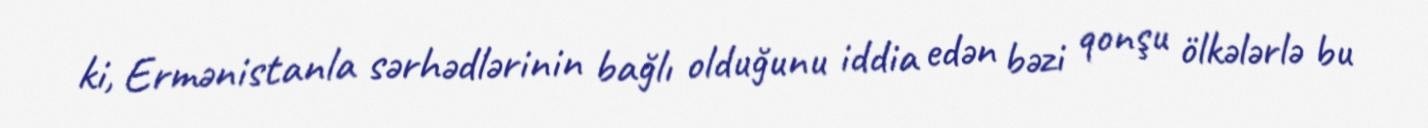
ki, Ermənistanla sərhədlərinin bağlı olduğunu iddia edən bəzi qonşu ölkələrlə bu